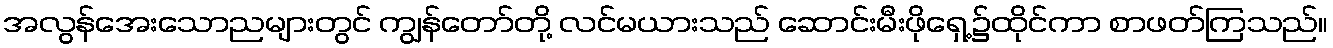
အလွန်အေးသောညများတွင် ကျွန်တော်တို့ လင်မယားသည် ဆောင်းမီးဖိုရှေ့၌ထိုင်ကာ စာဖတ်ကြသည်။